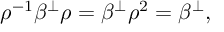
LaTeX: \rho ^ { - 1 } \beta ^ { \perp } \rho = \beta ^ { \perp } \rho ^ { 2 } = \beta ^ { \perp } ,